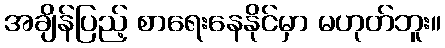
အချိန်ပြည့် စာရေးနေနိုင်မှာ မဟုတ်ဘူး။